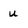
Character: u